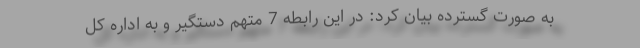
به صورت گسترده بیان کرد: در این رابطه 7 متهم دستگیر و به اداره کل